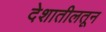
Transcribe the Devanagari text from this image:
देशातीलतून